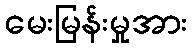
မေးမြန်းမှုအား